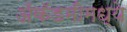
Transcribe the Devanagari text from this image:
अॅकॅडमीमध्ये